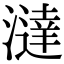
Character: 澾